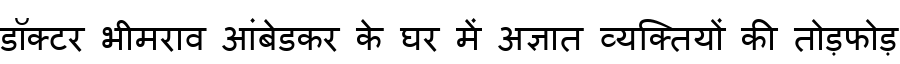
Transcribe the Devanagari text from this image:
डॉक्टर भीमराव आंबेडकर के घर में अज्ञात व्यक्तियों की तोड़फोड़